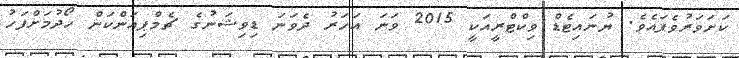
ކަށަވަރުވެފައެވެ. ޔުނައިޓެޑް ވިކްޓްރީއަކީ 2015 ވަނަ އަހަރު ދެވަނަ ޑިވިޝަނުގެ ޗެމްޕިއަންކަން ހޯދުމަށްފަހު